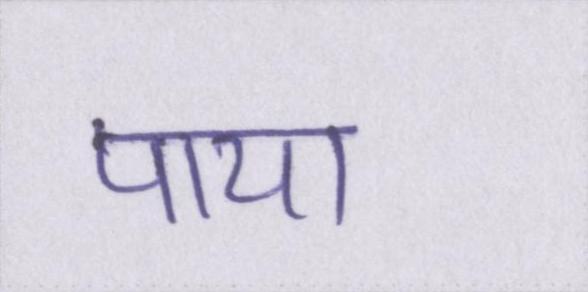
पाया